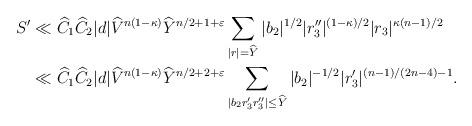
LaTeX: \begin{align*} S' & \ll \widehat{C}_1\widehat{C}_2 |d| \widehat{V}^{n(1-\kappa)}\widehat{Y}^{n/2+1+\varepsilon}\sum_{\substack{|r|}=\widehat{Y}}|b_2|^{1/2}|r_3''|^{(1-\kappa)/2}|r_3|^{\kappa(n-1)/2}\\ &\ll \widehat{C}_1\widehat{C}_2 |d| \widehat{V}^{n(1-\kappa)}\widehat{Y}^{n/2+2+\varepsilon}\sum_{|b_2r_3'r_3''|\leq \widehat{Y}}|b_2|^{-1/2}|r_3'|^{(n-1)/(2n-4)-1}.\end{align*}